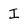
Character: I